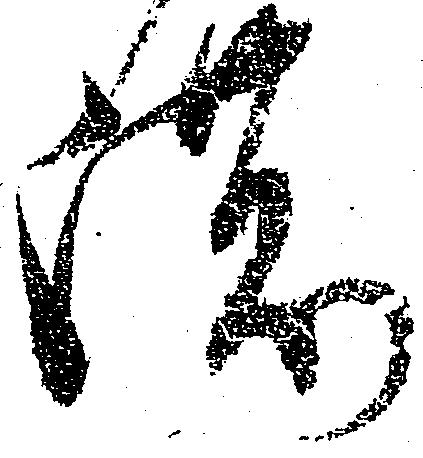
濃